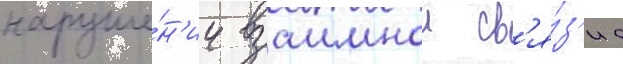
наруше́н'ии взаимнои св'я́з'и с